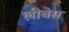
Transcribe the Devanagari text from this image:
लीबेस